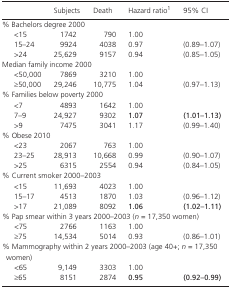
|  | Subjects | Death | Hazard ratioa | 95% CI |
 | --- | --- | --- | --- | --- |
 | <COLSPAN=5> % Bachelors degree 2000 |
 | <15 | 1742 | 790 | 1.00 |  |
 | 15–24 | 9924 | 4038 | 0.97 | (0.89–1.07) |
 | >24 | 25,629 | 9157 | 0.94 | (0.85–1.05) |
 | <COLSPAN=5> Median family income 2000 |
 | <50,000 | 7869 | 3210 | 1.00 |  |
 | ≥50,000 | 29,246 | 10,775 | 1.04 | (0.97–1.13) |
 | <COLSPAN=5> % Families below poverty 2000 |
 | <7 | 4893 | 1642 | 1.00 |  |
 | 7–9 | 24,927 | 9302 | 1.07 | (1.01–1.13) |
 | >9 | 7475 | 3041 | 1.17 | (0.99–1.40) |
 | <COLSPAN=5> % Obese 2010 |
 | <23 | 2067 | 763 | 1.00 |  |
 | 23–25 | 28,913 | 10,668 | 0.99 | (0.90–1.07) |
 | >25 | 6315 | 2554 | 0.94 | (0.84–1.05) |
 | <COLSPAN=5> % Current smoker 2000–2003 |
 | <15 | 11,693 | 4023 | 1.00 |  |
 | 15–17 | 4513 | 1870 | 1.03 | (0.96–1.12) |
 | >17 | 21,089 | 8092 | 1.06 | (1.02–1.11) |
 | <COLSPAN=5> % Pap smear within 3 years 2000–2003 (n = 17,350 women) |
 | <75 | 2766 | 1163 | 1.00 |  |
 | ≥75 | 14,534 | 5014 | 0.93 | (0.86–1.01) |
 | <COLSPAN=5> % Mammography within 2 years 2000–2003 (age 40+; n = 17,350 women) |
 | <65 | 9,149 | 3303 | 1.00 |  |
 | ≥65 | 8151 | 2874 | 0.95 | (0.92–0.99) |